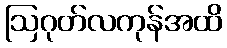
ဩဂုတ်လကုန်အထိ